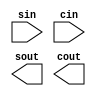
module carry_sum (sin, cin, sout, cout);
  input sin;
  input cin;
  output sout;
  output cout;
endmodule